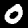
Label: 0